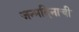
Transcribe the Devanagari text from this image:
जन्मदिनाची